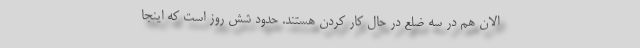
الان هم در سه ضلع در حال کار کردن هستند. حدود شش روز است که اینجا